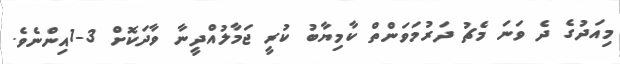
މިއަދުގެ ދެ ވަނަ މެޗު ދަރުމަވަންތް ކާމިޔާބު ކުރީ ޖަމާލުއްދީނާ ވާދަކޮށް 3-1އިންނެވެ.